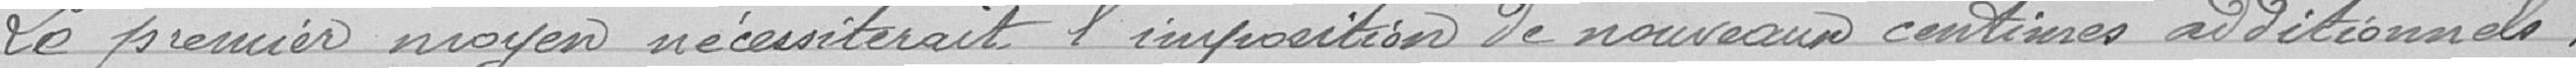
Le premier moyen nécessiterait l'imposition de nouveaux centimes additionnels,